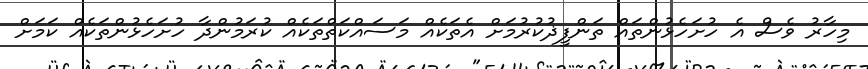
މިހާރު ވެސް އެ ހުށަހެޅުންތައް ތަންފީޛުކުރުމަށް އެތަކެއް މަސައްކަތްތަކެއް ކުރަމުންދާ ހުށަހެޅުންތަކެއް ކަމަށް